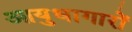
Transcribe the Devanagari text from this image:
आयुधागारों